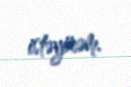
istəyirəm.